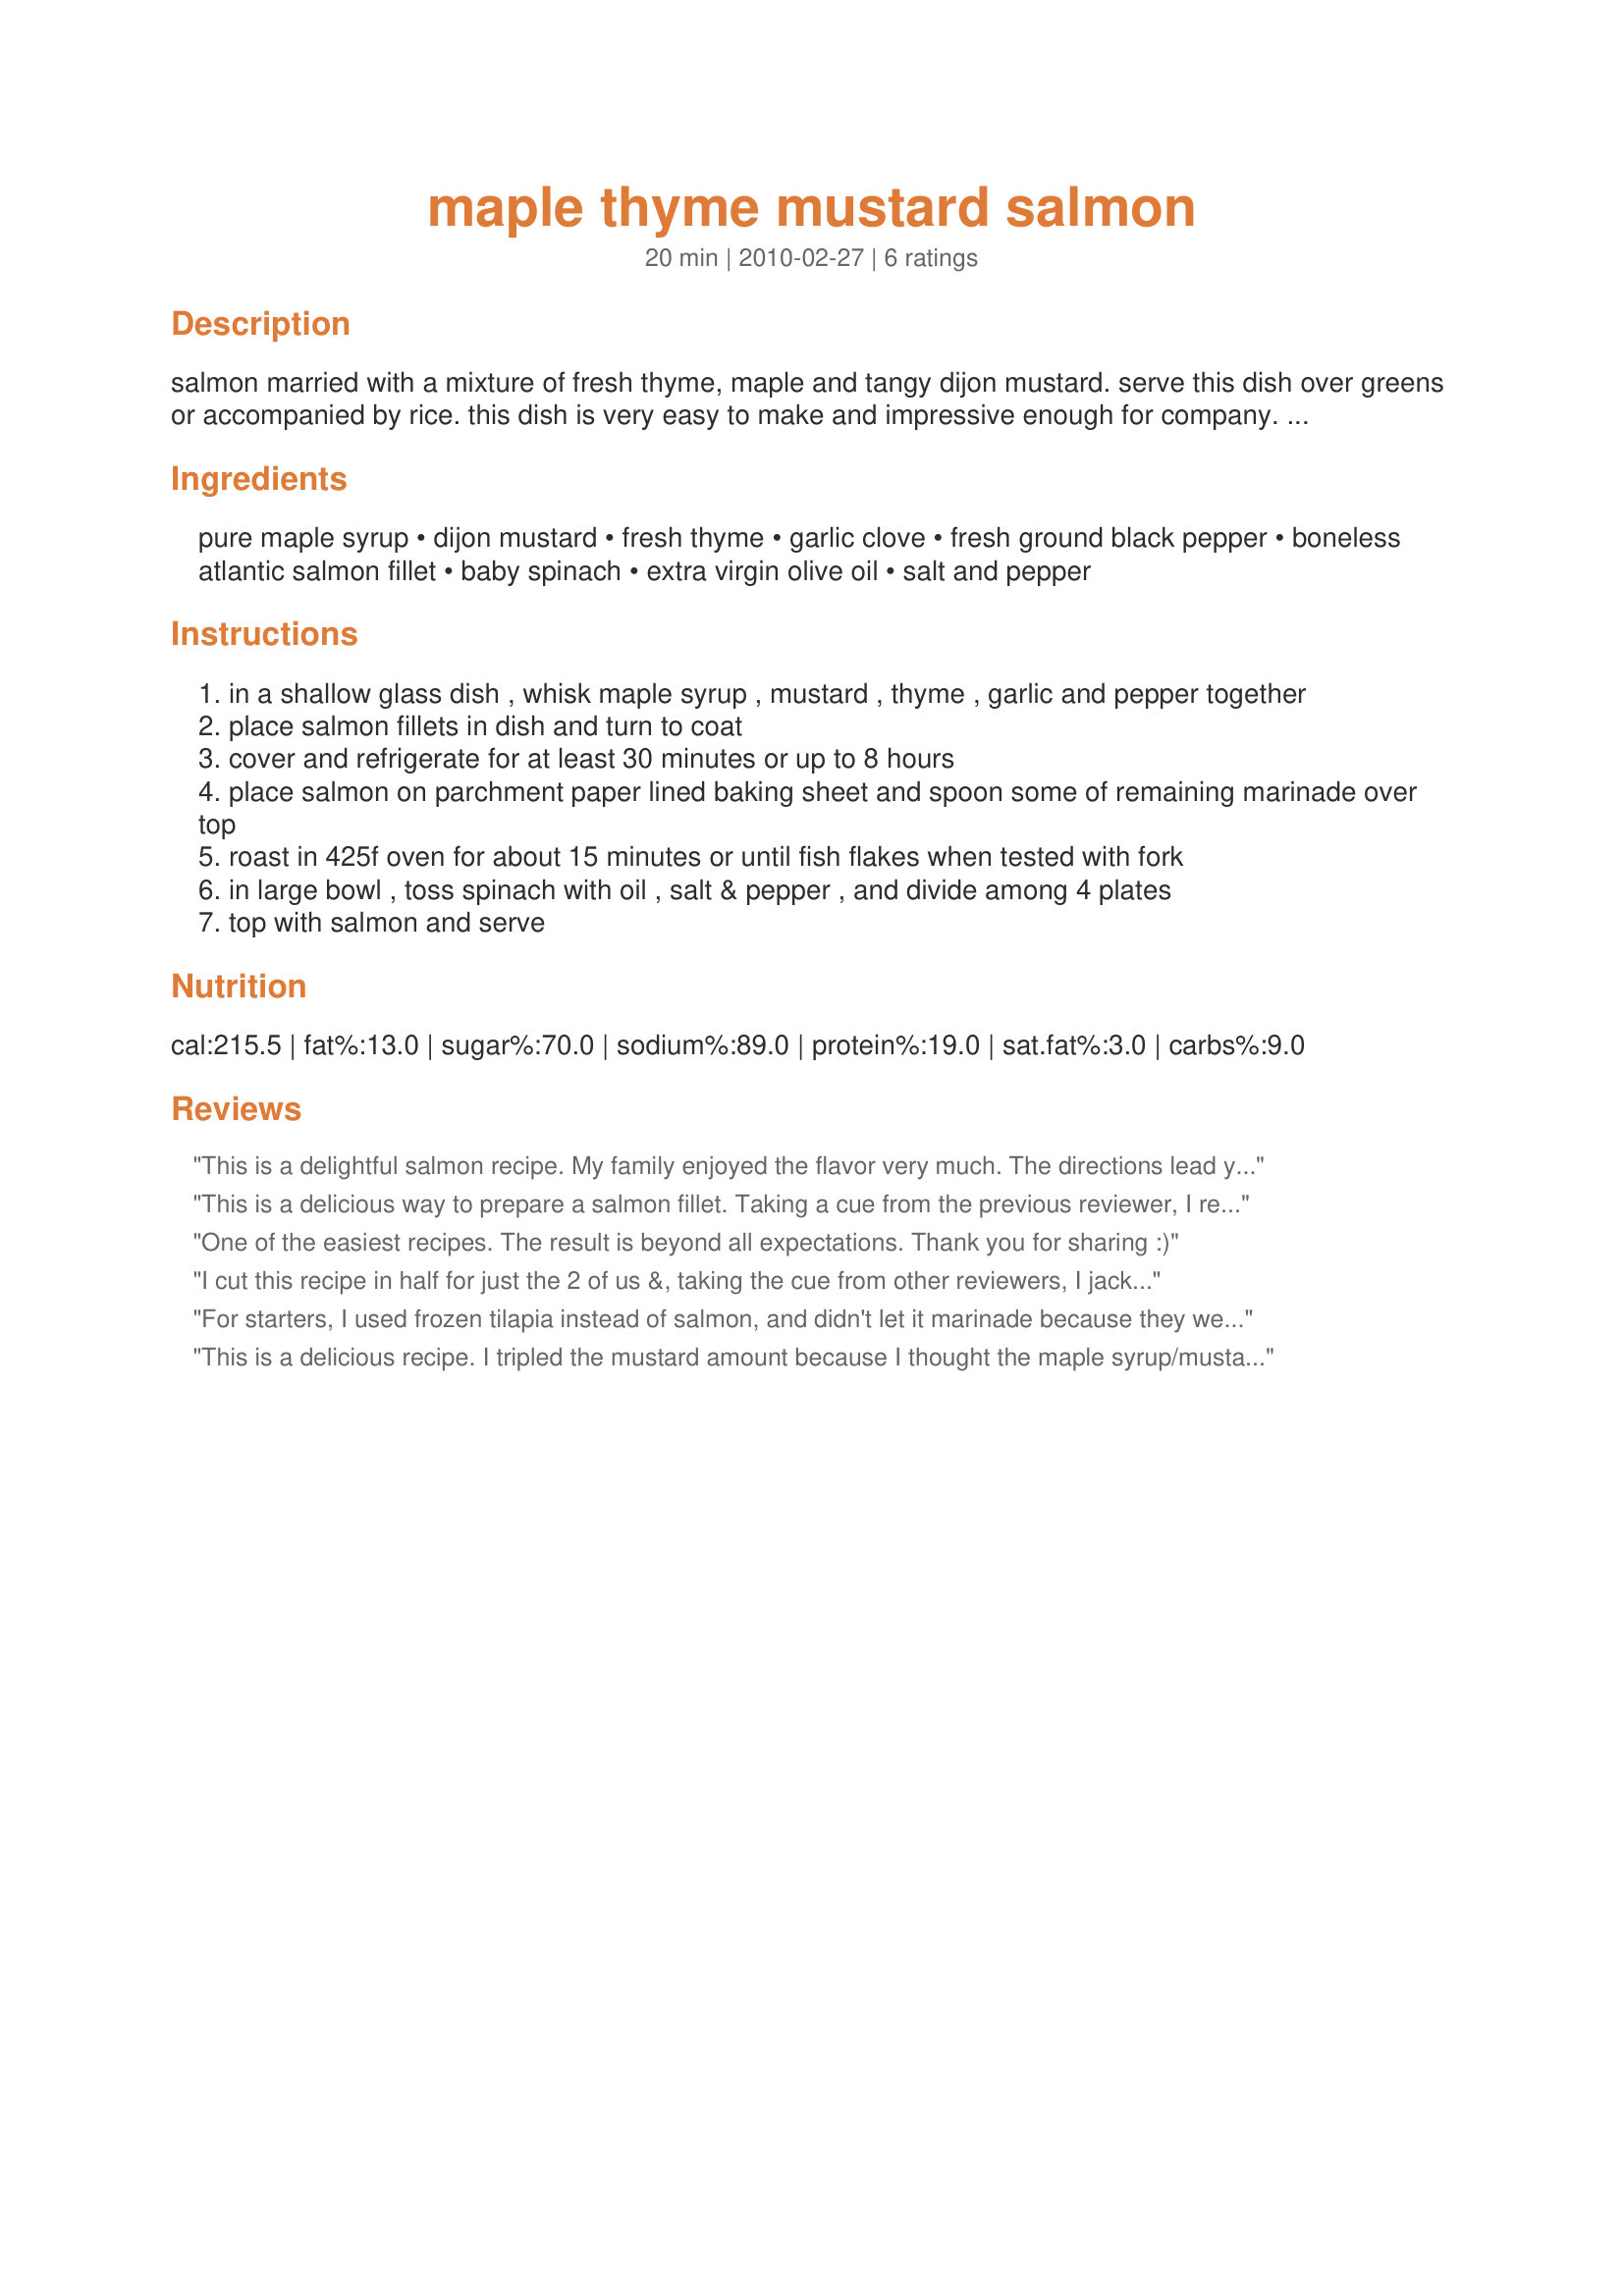
maple thyme mustard salmon
Preparation time: 20 minutes

salmon married with a mixture of fresh thyme, maple and tangy dijon mustard. serve this dish over greens or accompanied by rice.
this dish is very easy to make and impressive enough for company.
source: longo's experience magazine

Ingredients:
pure maple syrup, dijon mustard, fresh thyme, garlic clove, fresh ground black pepper, boneless atlantic salmon fillet, baby spinach, extra virgin olive oil, salt and pepper

Steps:
in a shallow glass dish , whisk maple syrup , mustard , thyme , garlic and pepper together
place salmon fillets in dish and turn to coat
cover and refrigerate for at least 30 minutes or up to 8 hours
place salmon on parchment paper lined baking sheet and spoon some of remaining marinade over top
roast in 425f oven for about 15 minutes or until fish flakes when tested with fork
in large bowl , toss spinach with oil , salt & pepper , and divide among 4 plates
top with salmon and serve

Reviews:
This is a delightful salmon recipe. My family enjoyed the flavor very much. The directions lead you to perfetly done salmon in a matter of minutes! Thank you for a great salmon recipe!
This is a delicious way to prepare a salmon fillet. Taking a cue from the previous reviewer, I reduced the amount of syrup slightly and increased the mustard just a bit. It not only tastes great but makes a pretty presentation on the greens. I served it with "Recipe #42899" for a perfect dinner. Made for 1-2-3 Tag.
One of the easiest recipes. The result is beyond all expectations.

Thank you for sharing :)
I cut this recipe in half for just the 2 of us &, taking the cue from other reviewers, I jacked up the amount of mustard! Also seasoned it with lemon pepper instead of the usual S&P! We eat salmon 4-5 times a month around here, & this is a wonderful addition to what I've been making! Thanks for sharing the recipe! [Tagged & made in Please Review My Recipe]
For starters, I used frozen tilapia instead of salmon, and didn't let it marinade because they were thin filets...but, ohmigosh, this had the best taste I've ever had for fish. With the frozen fish, I cooked it for 25 minutes, and by that time, the syrup had all melded together, and tasted great on the spinach leaves.

Since I need to add more fish to my diet, this is defintely a keeper for me...and it was quick enough that it will make a good lunch, too.
This is a delicious recipe. I tripled the mustard amount because I thought the maple syrup/mustard ratio was too sweet for me. I served it along side a vegetable couscous! Thanks for sharing!!!
